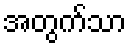
အတွက်သာ